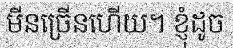
មីនច្រើនហើយ។ ខ្ញុំដូច